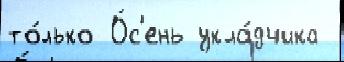
то́лько О́с'ень укла́дчика